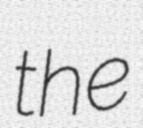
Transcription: the